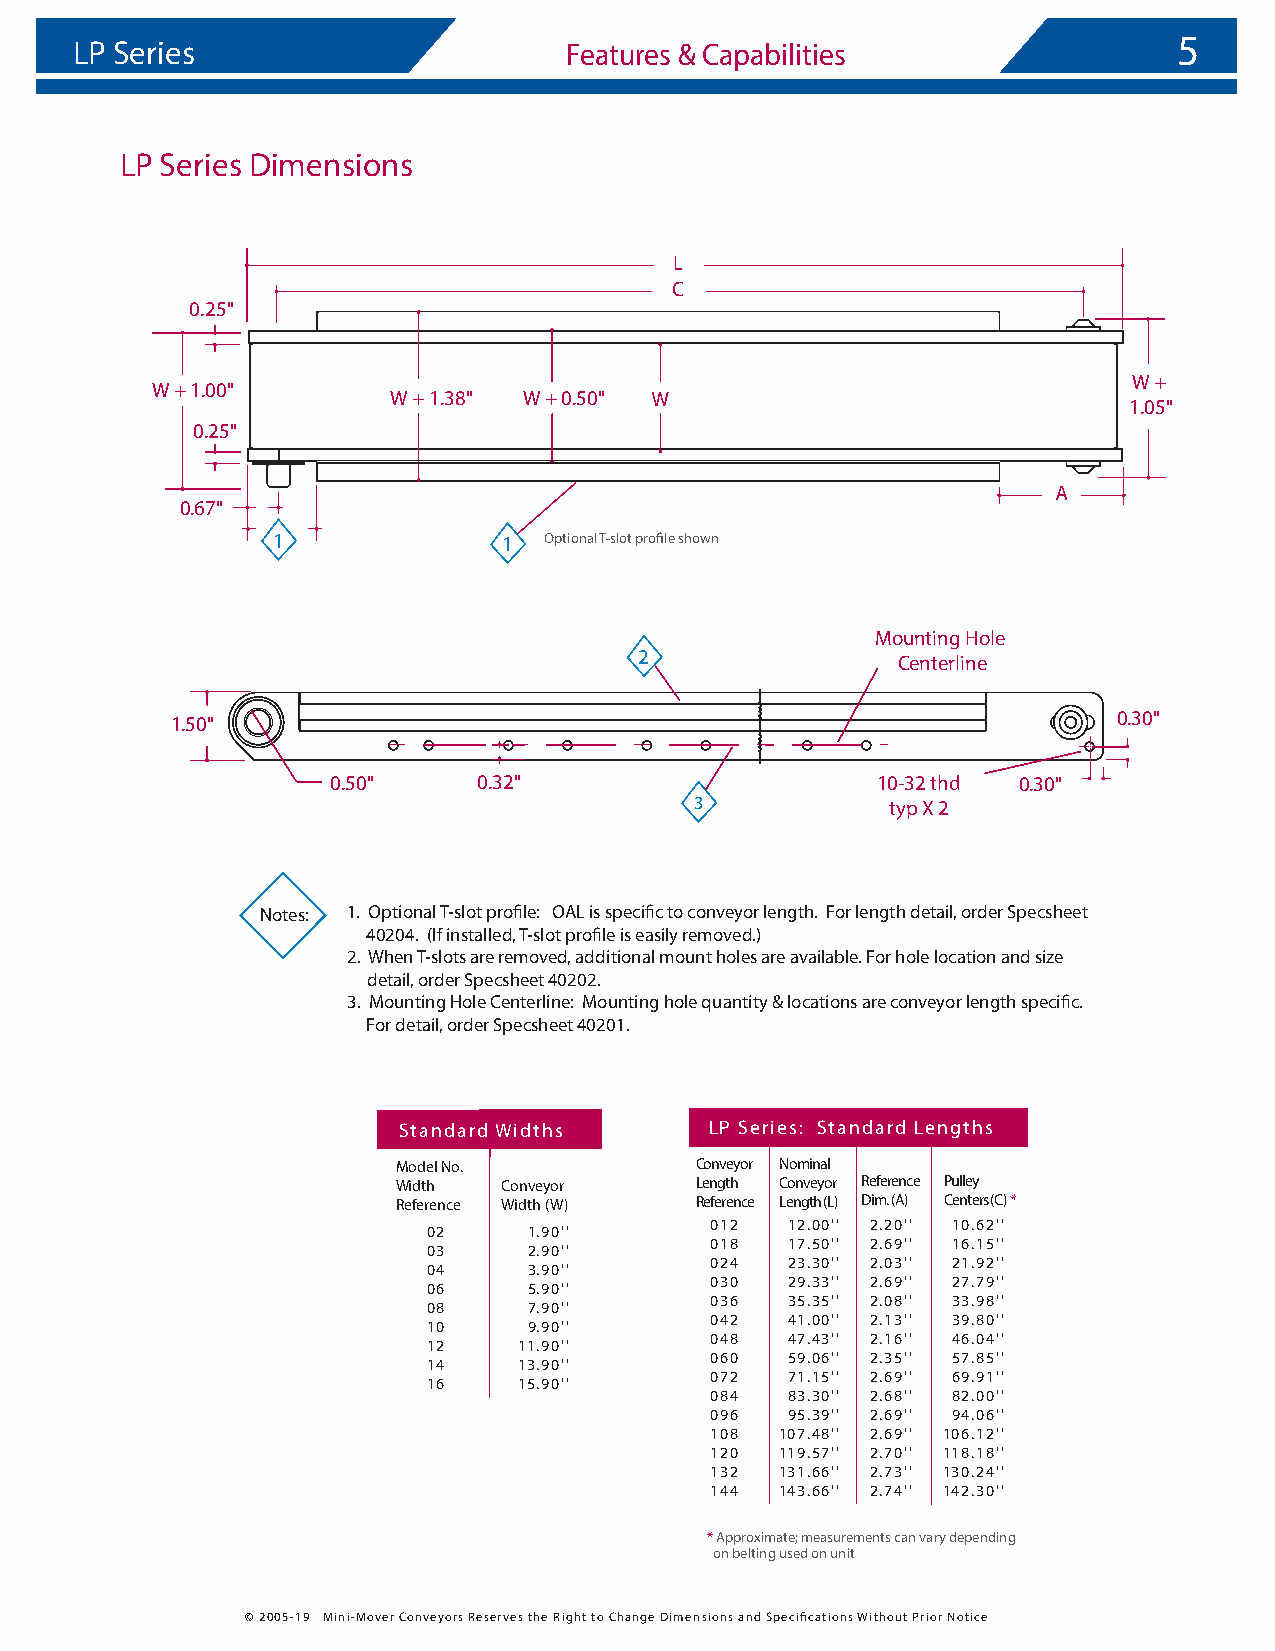
5
 LP Series                       Features & Capabilities
 LP Series Dimensions
 L
 C
 0.25"
 W +
 W + 1.00"
 W + 1.38" W + 0.50"
 1.05"
 0.25"
 0.67"
 1              1  Optional T-slot profile shown
 Mounting Hole
 2                Centerline
 1.50"                                                          0.30"
 0.50"     0.32"                     10-32 thd 0.30"
 3            typ X 2
 Notes: 1. Optional T-slot profile: OAL is specific to conveyor length. For length detail, order Specsheet
 40204. (If installed, T-slot profile is easily removed.)
 2. When T-slots are removed, additional mount holes are available. For hole location and size
 detail, order Specsheet 40202.
 3. Mounting Hole Centerline: Mounting hole quantity & locations are conveyor length specific.
 For detail, order Specsheet 40201.
 Standard Widths      LP Series: Standard Lengths
 Model No.           Conveyor Nominal
 Width  Conveyor     Length Conveyor Reference Pulley
 Reference Width (W) Reference Length (L) Dim. (A) Centers (C) *
 012  12.00'' 2.20'' 10.62''
 02     1.90''
 018  17.50'' 2.69'' 16.15''
 03     2.90''
 024  23.30'' 2.03'' 21.92''
 04     3.90''
 030  29.33'' 2.69'' 27.79''
 06     5.90''
 036  35.35'' 2.08'' 33.98''
 08     7.90''
 042  41.00'' 2.13'' 39.80''
 10     9.90''
 048  47.43'' 2.16'' 46.04''
 12    11.90''
 060  59.06'' 2.35'' 57.85''
 14    13.90''
 072  71.15'' 2.69'' 69.91''
 16    15.90''
 084  83.30'' 2.68'' 82.00''
 096  95.39'' 2.69'' 94.06''
 108  107.48'' 2.69'' 106.12''
 120  119.57'' 2.70'' 118.18''
 132  131.66'' 2.73'' 130.24''
 144  143.66'' 2.74'' 142.30''
 * Approximate; measurements can vary depending
 on belting used on unit
 © 2005-19 Mini-Mover Conveyors Reserves the Right to Change Dimensions and Specifications Without Prior Notice
 W
 A